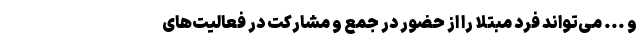
و ... می‌تواند فرد مبتلا را از حضور در جمع و مشارکت در فعالیت‌های